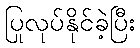
ပြုလုပ်နိုင်ခဲ့ပြီး